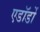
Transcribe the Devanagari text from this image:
एडॉर्डो